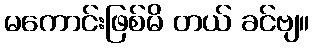
မကောင်းဖြစ်မိ တယ် ခင်ဗျ။